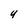
Character: y